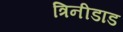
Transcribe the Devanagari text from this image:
त्रिनीडाड